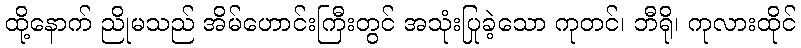
ထို့နောက် ညိုမသည် အိမ်ဟောင်းကြီးတွင် အသုံးပြုခဲ့သော ကုတင်၊ ဘီရို၊ ကုလားထိုင်